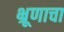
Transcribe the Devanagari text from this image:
भ्रूणाचा